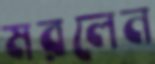
মরলেন